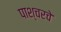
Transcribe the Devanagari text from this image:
पाश्चरचे